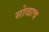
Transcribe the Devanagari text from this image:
सोळाच